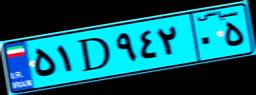
۵۱D۹۴۲۰۵